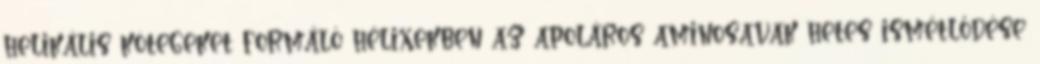
helikális kötegeket formáló hélixekben az apoláros aminosavak hetes ismétlődése